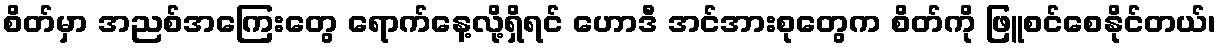
စိတ်မှာ အညစ်အကြေးတွေ ရောက်နေ့လို့ရှိရင် ဟောဒီ အင်အားစုတွေက စိတ်ကို ဖြူစင်စေနိုင်တယ်၊